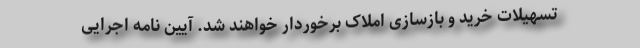
تسهیلات خرید و بازسازی املاک برخوردار خواهند شد. آیین نامه اجرایی